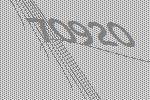
70920